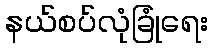
နယ်စပ်လုံခြုံရေး